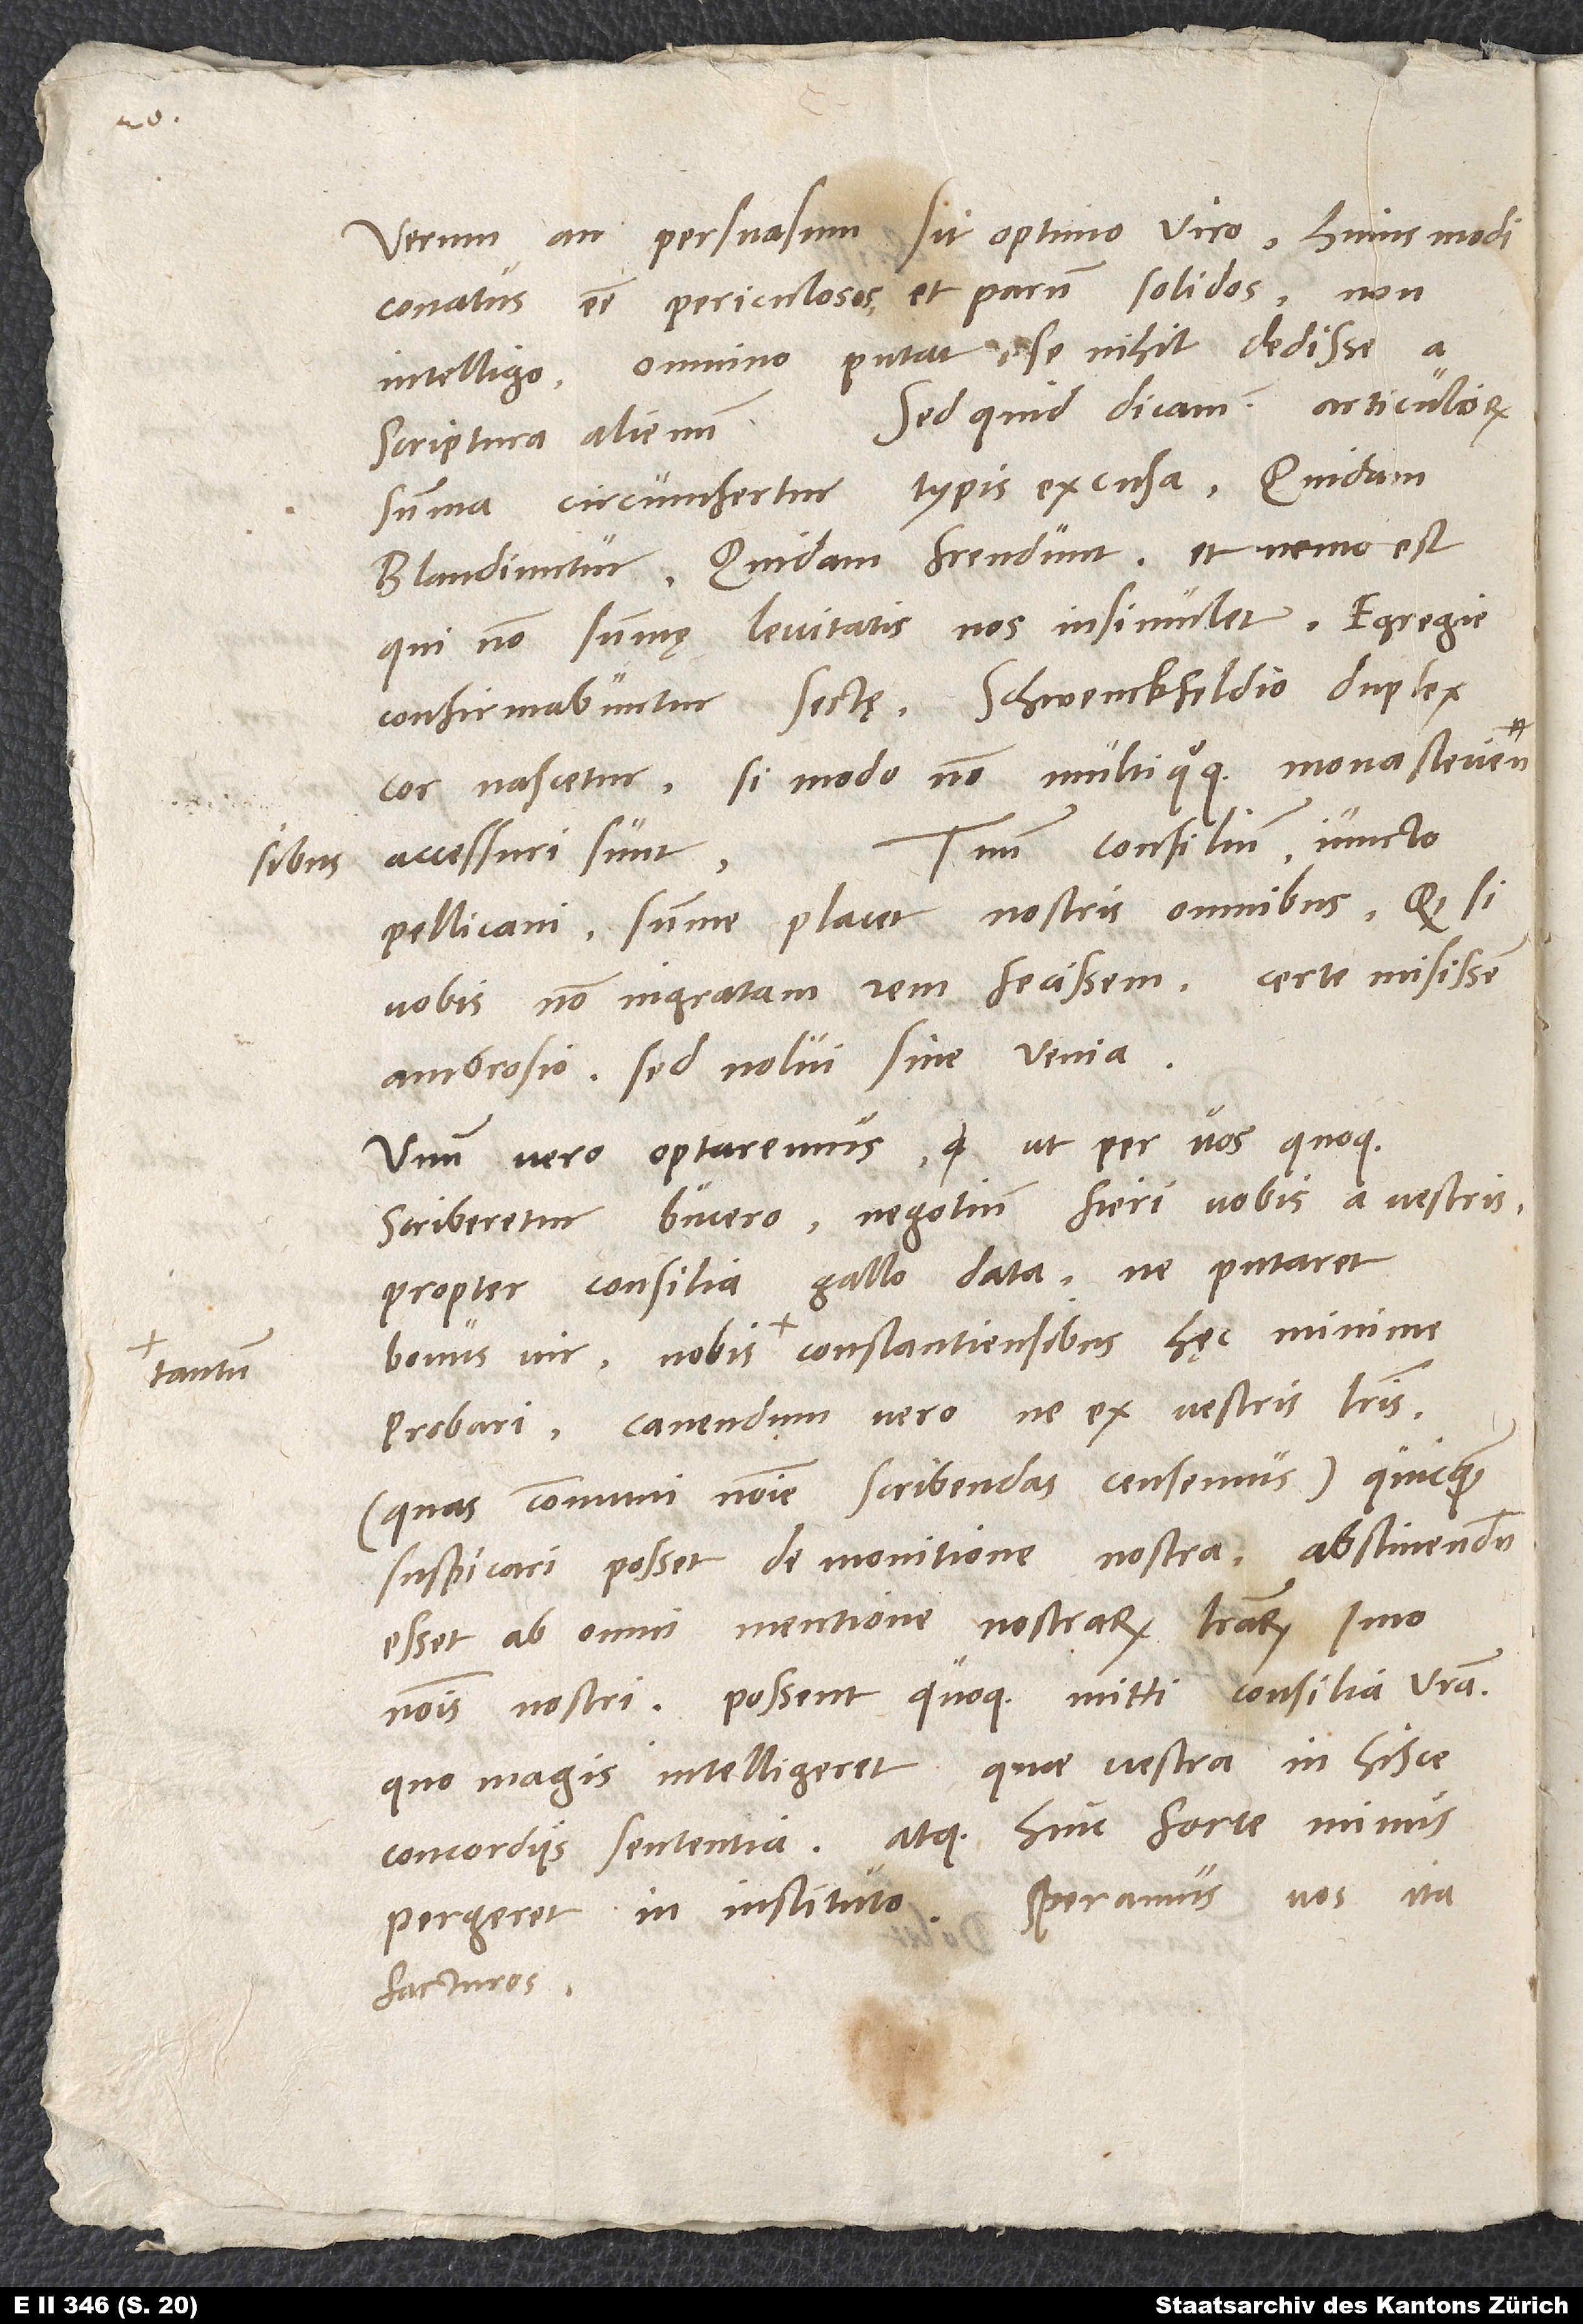
Verum an persuasum sit optimo viro huius modi
conatus esse periculosos et parum solidos, non
intelligo. Omnino putat se nihil dedisse a
Sed quid dicam? Articulorum
scriptura alienum.
summa circumfertur typis excusa. Quidam
blandiuntur, quidam frendunt, et nemo est,
qui non summę levitatis nos insimulet. Egregie
confirmabuntur sectę; Schwenckfeldio duplex
cor nascetur, si modo non multi quoque Monasteriensibus
Tuum consilium iuncto
accessuri sunt.
Pellicani summe placet nostris omnibus. Quodsi
vobis non ingratam rem fecissem, certe misissem
Ambrosio, sed nolui sine venia.
Unum vero optaremus, ut per vos quoque
scriberetur Bucero negotium fieri a vestris
propter consilia Gallo data, ne putaret
bonus vir nobis tantum Constantiensibus hęc minime
probari. Cavendum vero, ne ex vestris literis
quas communi nomine scribendas censemus - quicquam
suspicari posset de monitione nostra. Abstinendum
esset ab omni mentione nostrarum literarum, imo
nominis nostri. Possent quoque mitti consilia vestra,
quo magis intelligeret, quae vestra in hisce
concordiis sententia, atque hinc forte minus
pergeret in instituto. Speramus vos ita
facturos.